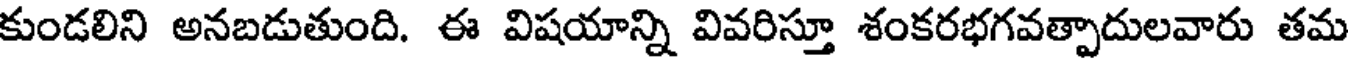
కుండలిని అనబడుతుంది. ఈ విషయాన్ని వివరిస్తూ శంకరభగవత్పాదులవారు తమ